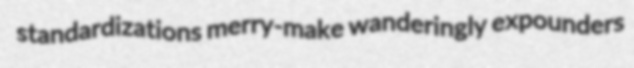
standardizations merry-make wanderingly expounders